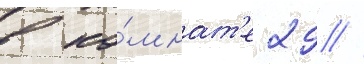
в ко́мнат'е 29 //